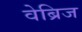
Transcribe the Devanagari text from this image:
वेब्रिज